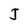
Character: J